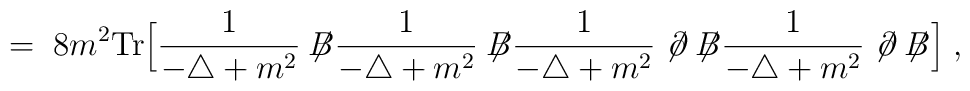
= \; 8m^2 \mbox{Tr} \Big[\frac{1}{-\triangle + m^2} \not{\!\!B}\frac{1}{-\triangle + m^2} \not{\!\!B}\frac{1}{-\triangle + m^2} \not{\!\partial} \not{\!\!B}\frac{1}{-\triangle + m^2} \not{\!\partial} \not{\!\!B}\Big] \; ,